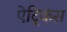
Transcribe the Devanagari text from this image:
ऐट्किंस